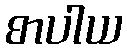
စာပါယ